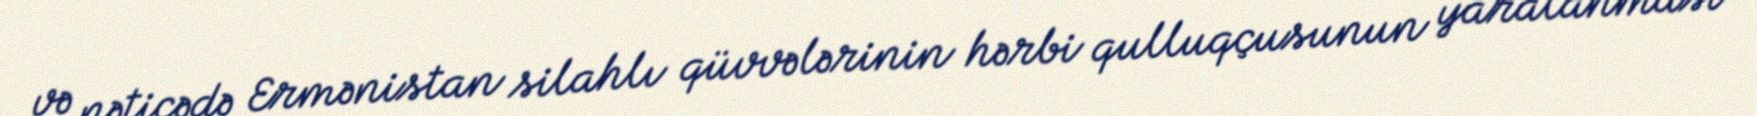
və nəticədə Ermənistan silahlı qüvvələrinin hərbi qulluqçusunun yaralanması